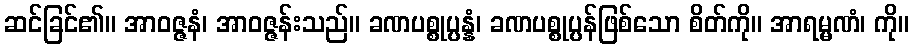
ဆင်ခြင်၏။ အာဝဇ္ဇနံ၊ အာဝဇ္ဇန်းသည်။ ခဏပစ္စုပ္ပန္နံ၊ ခဏပစ္စုပ္ပန်ဖြစ်သော စိတ်ကို။ အာရမ္မဏံ၊ ကို။